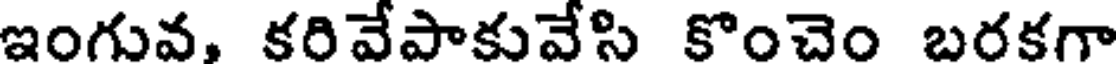
ఇంగువ, కరివేపాకువేసి కొంచెం బరకగా